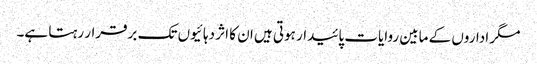
مگر اداروں کے مابین روایات پائیدار ہوتی ہیں ان کا اثر دہائیوں تک برقرار رہتا ہے۔